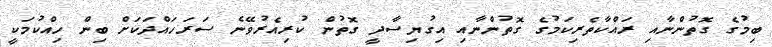
ބިމުގެ ގޮތުންނާއި ރައްކާތެރިކަމުގެ ގޮތުންނާއި އިގުޔިސާދީ ގޮތުން ކުރިއެރުވޭނެ ސަރަހައްދަކަށް ބިން ހިއްކުމަކީ